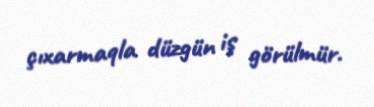
çıxarmaqla düzgün iş görülmür.